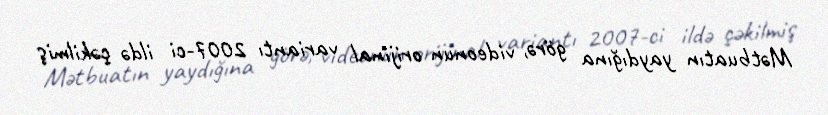
Mətbuatın yaydığına görə, videonun orijinal variantı 2007-ci ildə çəkilmiş